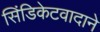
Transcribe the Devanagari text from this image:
सिंडिकेटवादाने